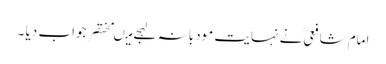
امام شافعیؒ نے نہایت مودبانہ لہجے میںمختصر جواب دیا ۔